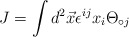
\begin{align*}J = \int d^{2}\vec{x} \epsilon^{ij}x_{i}\Theta_{\circ j}\end{align*}